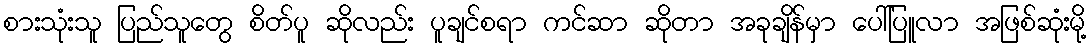
စားသုံးသူ ပြည်သူတွေ စိတ်ပူ ဆိုလည်း ပူချင်စရာ ကင်ဆာ ဆိုတာ အခုချိန်မှာ ပေါ်ပြူလာ အဖြစ်ဆုံးမို့